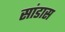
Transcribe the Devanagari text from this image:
सांडास